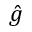
\hat { g }